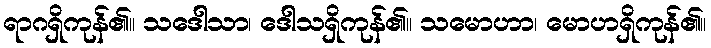
ရာဂရှိကုန်၏။ သဒေါသာ၊ ဒေါသရှိကုန်၏။ သမောဟာ၊ မောဟရှိကုန်၏။